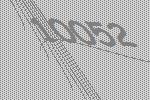
10052